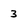
Character: 3